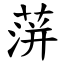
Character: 蓱